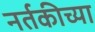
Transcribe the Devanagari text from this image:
नर्तकीच्या